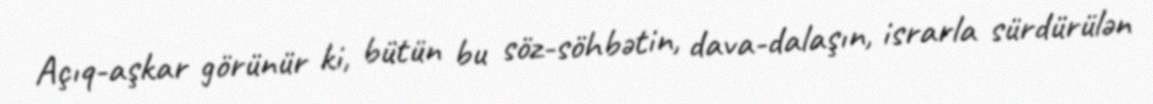
Açıq-aşkar görünür ki, bütün bu söz-söhbətin, dava-dalaşın, israrla sürdürülən